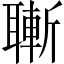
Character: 𦗝